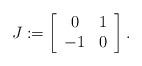
LaTeX: \begin{align*} J := \left[\begin{array}{cc} 0 & 1 \\ -1 & 0\end{array}\right]. \end{align*}